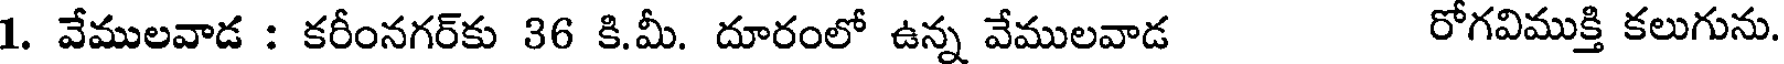
1. వేములవాడ : కరీంనగర్కు 36 కి.మీ. దూరంలో ఉన్న వేములవాడ రోగవిముక్తి కలుగును.